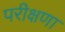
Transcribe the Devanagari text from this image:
परीक्षणा